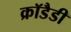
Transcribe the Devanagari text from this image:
क्रॉडैडी